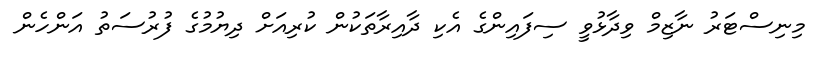
މިނިސްޓަރު ނާޒިމް ވިދާޅުވީ ސިފައިންގެ އެކި ދާއިރާތަކުން ކުރިއަށް ދިޔުމުގެ ފުރުސަތު އަންހެން